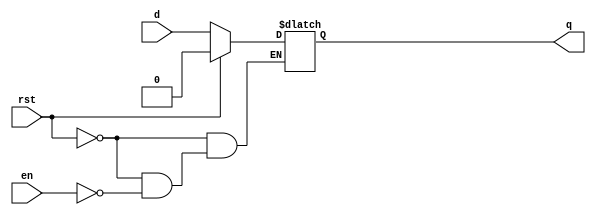
module adlatch( input d, rst, en, output reg q );
	always @* begin
		if (rst)
			q = 0;
		else if (en)
			q = d;
	end
endmodule